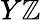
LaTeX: Y\mathbb{Z}